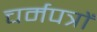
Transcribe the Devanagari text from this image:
चर्मपत्रों